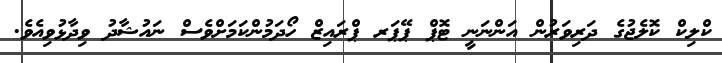
ކްލިކް ކޮލެޖުގެ ދަރިވަރުން އަންނަނީ ޓޮޕް ޕޭޕަރ ޕްރައިޒް ހޯދަމުންކަމަށްވެސް ނައުޝާދު ވިދާޅުވިއެވެ.